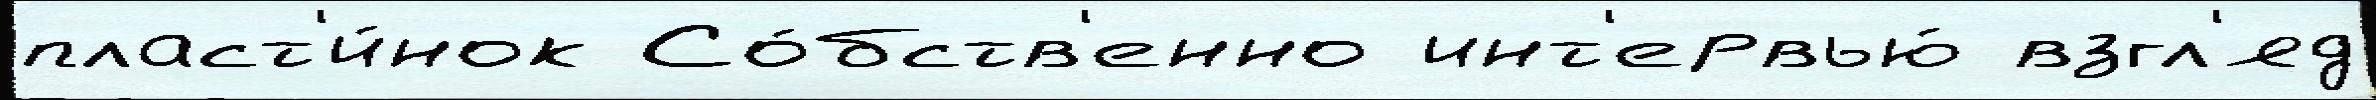
пласт'и́нок Со́бств'енно инт'ервью́ взгл'яд